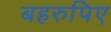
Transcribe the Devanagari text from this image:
बहरुपिए